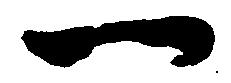
一